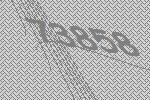
73858